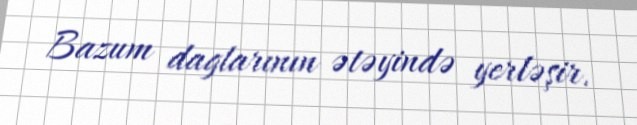
Bazum daglarının ətəyində yerləşir.